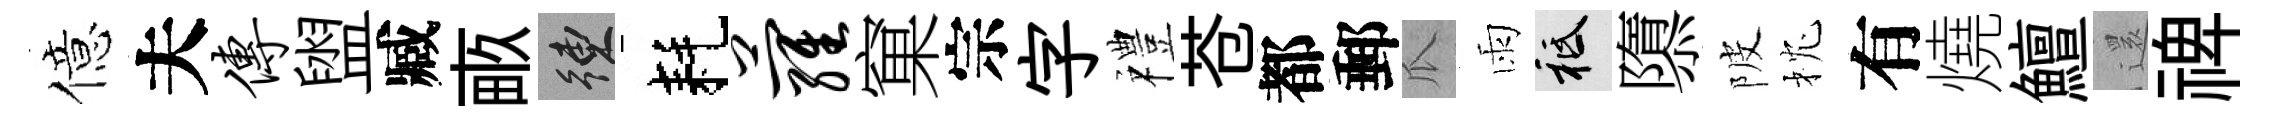
億夫传盥臧畞練耗萝窠宗字禮苍都郵瓜雨祇隳陂枕有燒鱣𮟃禆